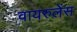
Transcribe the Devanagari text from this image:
वायरुलेंस